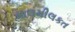
માલમીલકત